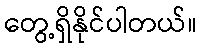
တွေ့ရှိနိုင်ပါတယ်။